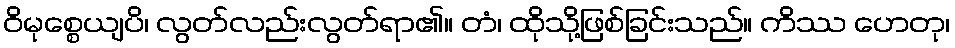
ဝိမုစ္စေယျပိ၊ လွတ်လည်းလွတ်ရာ၏။ တံ၊ ထိုသို့ဖြစ်ခြင်းသည်။ ကိဿ ဟေတု၊